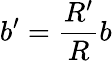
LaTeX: b^{\prime}=\frac{R^{\prime}}{R}b